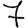
Digit: 7